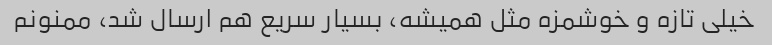
خیلی تازه و خوشمزه مثل همیشه، بسیار سریع هم ارسال شد، ممنونم